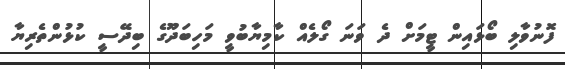
ފޮނުވާލި ބޯޅައިން ޓީމަށް ދެ ވަނަ ގޯލެއް ކާމިޔާބުވީ މަހިބަދޫގެ ބިދޭސީ ކުޅުންތެރިޔާ